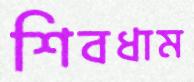
শিবধাম